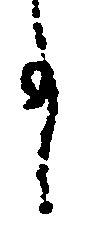
事